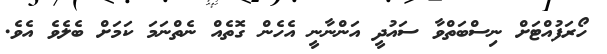
ހޯރަފުއްޓަށް ނިސްބަތްވާ ސައުދީ އަންނާނީ އެހެން ގޮތެއް ނެތްނަމަ ކަމަށް ބެލެވެ އެވެ.